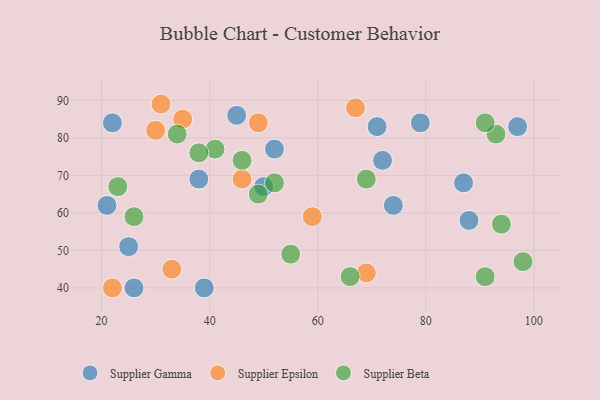
{"axis": {"x": "GDP", "y": "Life Expectancy"}, "legend": ["Supplier Beta", "Supplier Epsilon", "Supplier Gamma"], "data": [{"x": "25", "y": 51, "type": "Supplier Gamma"}, {"x": "97", "y": 83, "type": "Supplier Gamma"}, {"x": "74", "y": 62, "type": "Supplier Gamma"}, {"x": "39", "y": 40, "type": "Supplier Gamma"}, {"x": "21", "y": 62, "type": "Supplier Gamma"}, {"x": "71", "y": 83, "type": "Supplier Gamma"}, {"x": "45", "y": 86, "type": "Supplier Gamma"}, {"x": "38", "y": 69, "type": "Supplier Gamma"}, {"x": "72", "y": 74, "type": "Supplier Gamma"}, {"x": "79", "y": 84, "type": "Supplier Gamma"}, {"x": "50", "y": 67, "type": "Supplier Gamma"}, {"x": "87", "y": 68, "type": "Supplier Gamma"}, {"x": "26", "y": 40, "type": "Supplier Gamma"}, {"x": "22", "y": 84, "type": "Supplier Gamma"}, {"x": "52", "y": 77, "type": "Supplier Gamma"}, {"x": "88", "y": 58, "type": "Supplier Gamma"}, {"x": "69", "y": 44, "type": "Supplier Epsilon"}, {"x": "22", "y": 40, "type": "Supplier Epsilon"}, {"x": "31", "y": 89, "type": "Supplier Epsilon"}, {"x": "59", "y": 59, "type": "Supplier Epsilon"}, {"x": "49", "y": 84, "type": "Supplier Epsilon"}, {"x": "46", "y": 69, "type": "Supplier Epsilon"}, {"x": "33", "y": 45, "type": "Supplier Epsilon"}, {"x": "67", "y": 88, "type": "Supplier Epsilon"}, {"x": "35", "y": 85, "type": "Supplier Epsilon"}, {"x": "30", "y": 82, "type": "Supplier Epsilon"}, {"x": "93", "y": 81, "type": "Supplier Beta"}, {"x": "41", "y": 77, "type": "Supplier Beta"}, {"x": "38", "y": 76, "type": "Supplier Beta"}, {"x": "46", "y": 74, "type": "Supplier Beta"}, {"x": "26", "y": 59, "type": "Supplier Beta"}, {"x": "55", "y": 49, "type": "Supplier Beta"}, {"x": "69", "y": 69, "type": "Supplier Beta"}, {"x": "94", "y": 57, "type": "Supplier Beta"}, {"x": "52", "y": 68, "type": "Supplier Beta"}, {"x": "98", "y": 47, "type": "Supplier Beta"}, {"x": "49", "y": 65, "type": "Supplier Beta"}, {"x": "91", "y": 43, "type": "Supplier Beta"}, {"x": "34", "y": 81, "type": "Supplier Beta"}, {"x": "91", "y": 84, "type": "Supplier Beta"}, {"x": "23", "y": 67, "type": "Supplier Beta"}, {"x": "66", "y": 43, "type": "Supplier Beta"}]}